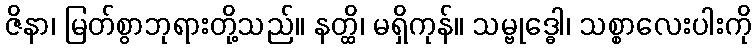
ဇိနာ၊ မြတ်စွာဘုရားတို့သည်။ နတ္ထိ၊ မရှိကုန်။ သမ္ဗုဒ္ဓေါ၊ သစ္စာလေးပါးကို